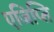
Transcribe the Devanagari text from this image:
एजिप्ति